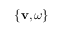
\{ \mathbf { v } , \boldsymbol { \omega } \}